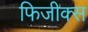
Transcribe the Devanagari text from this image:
फिजीक्स